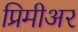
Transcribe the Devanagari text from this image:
प्रिमीअर